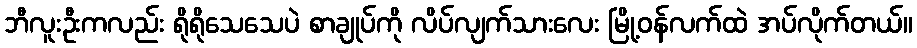
ဘီလူးဦးကလည်း ရိုရိုသေသေပဲ စာချုပ်ကို လိပ်လျက်သားလေး မြို့ဝန်လက်ထဲ အပ်လိုက်တယ်။